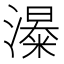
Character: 𱩏